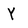
Character: Y